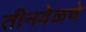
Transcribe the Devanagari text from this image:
तीनवेळचे